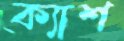
ক্যাশ